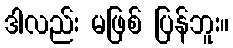
ဒါလည်း မဖြစ် ပြန်ဘူး။